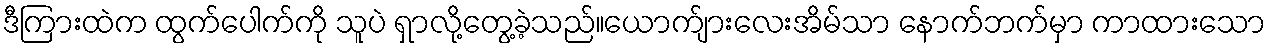
ဒီကြားထဲက ထွက်ပေါက်ကို သူပဲ ရှာလို့တွေ့ခဲ့သည်။ယောက်ျားလေးအိမ်သာ နောက်ဘက်မှာ ကာထားသော